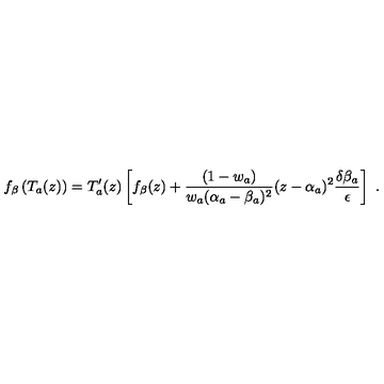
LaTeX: f _ { \beta } \left( T _ { a } ( z ) \right) = T _ { a } ^ { \prime } ( z ) \left[ f _ { \beta } ( z ) + \frac { ( 1 - w _ { a } ) } { w _ { a } ( \alpha _ { a } - \beta _ { a } ) ^ { 2 } } ( z - \alpha _ { a } ) ^ { 2 } \frac { \delta \beta _ { a } } { \epsilon } \right] \ .